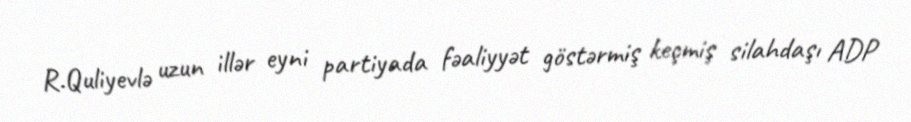
R.Quliyevlə uzun illər eyni partiyada fəaliyyət göstərmiş keçmiş silahdaşı ADP